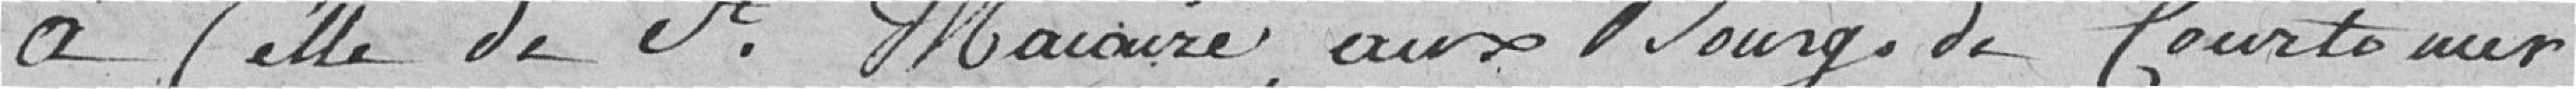
à celle de Saint Marcaire, aux Bourgs de Courtemer